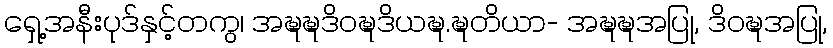
ရှေ့အနီးပုဒ်နှင့်တကွ၊ အဍ္ဎဍ္ဎဒိဝဍ္ဎဒိယဍ္ဎ.ဍ္ဎတိယာ- အဍ္ဎဍ္ဎအပြု, ဒိဝဍ္ဎအပြု,